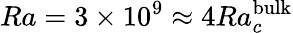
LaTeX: Ra=3\times 10^{9}\approx 4Ra_{c}^{\textrm{bulk}}